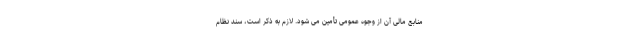
منابع مالی آن از وجوه عمومی تأمین می شود. لازم به ذکر است، سند نظام